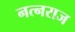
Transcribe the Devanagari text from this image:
नत्नराज